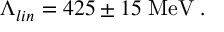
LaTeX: \Lambda _ { l i n } = 4 2 5 \pm 1 5 \; \mathrm { M e V } \; .